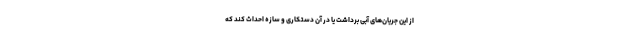
از این جریان‌های آبی برداشت یا در آن دستکاری و سازه احداث کند که